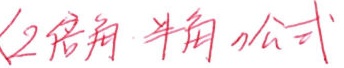
二倍角、半角公式